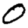
Digit: 0